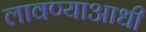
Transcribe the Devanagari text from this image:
लावण्‍याआधी